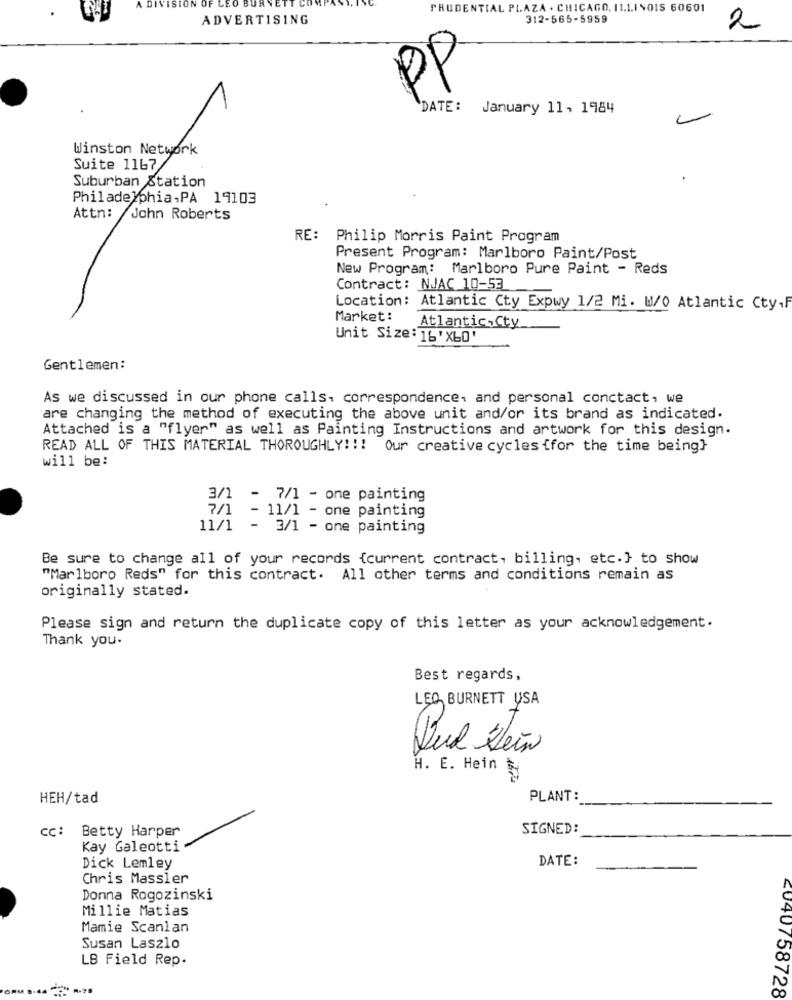
A DIVISION OF
PRUDENTIAL PLAZA . CHICAGO. 11.1.INOIS 60601
ADVERTISING
312-565-5959
2
PP
DATE: January 11, 1984
L
Winston Network
Suite 1167/
Suburban Station
Philadelphia,PA 19103
Attn:
John Roberts
RE: Philip Morris Paint Program
Present Program: Marlboro Paint/Post
New Program: Marlboro Pure Paint - Reds
Contract: NJAC 10-53
Location: Atlantic Cty Expwy 1/2 Mi. W/0 Atlantic Cty,F
Market:
AtlanticCty
Unit Size: 16' XLO'
Gentlemen:
As we discussed in our phone calls, correspondence, and personal conctact, we
are changing the method of executing the above unit and/or its brand as indicated.
Attached is a "flyer" as well as Painting Instructions and artwork for this design.
READ ALL OF THIS MATERIAL THOROUGHLY !!! Our creative cycles {for the time being}
will be:
3/1 - 7/1 - one painting
7/1
- 11/1 - one painting
11/1
- 3/1 - one painting
Be sure to change all of your records {current contract, billing, etc.} to show
"Marlboro Reds" for this contract. All other terms and conditions remain as
originally stated.
Please sign and return the duplicate copy of this letter as your acknowledgement.
Thank you.
Best regards,
LEO BURNETT USA
H. E. Hein
HEH/tad
PLANT:
cc: Betty Harper
SIGNED:
Kay Galeotti
DATE:
Dick Lemley
Chris Massler
Donna Rogozinski
Millie Matias
Mamie Scanlan
Susan Laszlo
LB Field Rep.
2040758728